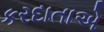
કરદાતાએ